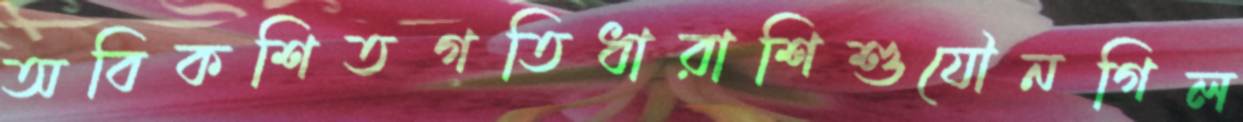
অবিকশিতগতিধারাশিশুযৌনগিল